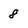
Character: 8